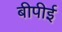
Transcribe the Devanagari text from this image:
बीपीई